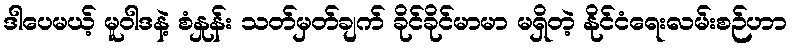
ဒါပေမယ့် မူဝါဒနဲ့ စံနှုန်း သတ်မှတ်ချက် ခိုင်ခိုင်မာမာ မရှိတဲ့ နိုင်ငံရေးလမ်းစဉ်ဟာ